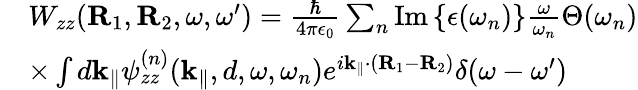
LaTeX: \begin{array}{rl}&{W_{zz}({\mathbf R}_{1},{\mathbf R}_{2},\omega,\omega^{\prime})=\frac{\hbar}{4\pi\epsilon_{0}}\sum_{n}\mathrm{Im}\left\{ \epsilon(\omega_{n})\right\} \frac{\omega}{\omega_{n}}\Theta(\omega_{n})}\\ &{\times\int d{{\mathbf k}_{\parallel}}\psi_{zz}^{(n)}({{\mathbf k}_{\parallel}},d,\omega,\omega_{n})e^{i{{\mathbf k}_{\parallel}}\cdot({\mathbf R}_{1}-{\mathbf R}_{2})}\delta(\omega-\omega^{\prime})}\end{array}